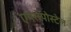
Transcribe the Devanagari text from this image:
एयरोपोस्टेल